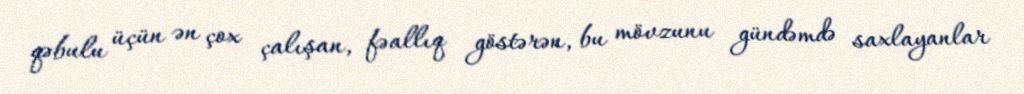
qəbulu üçün ən çox çalışan, fəallıq göstərən, bu mövzunu gündəmdə saxlayanlar